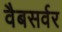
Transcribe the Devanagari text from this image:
वैबसर्वर